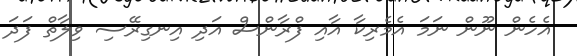
އެހެން ނޫން ނަމަ އެމެރިކާ އާއި ފްރާންސް އަދި އިނގިރޭސި ވިލާތް ފަދަ